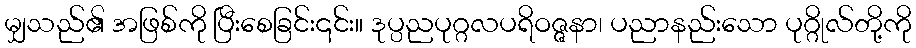
မျှသည်၏ အဖြစ်ကို ပြီးစေခြင်း၎င်း။ ဒုပ္ပညပုဂ္ဂလပရိဝဇ္ဇနာ၊ ပညာနည်းသော ပုဂ္ဂိုလ်တို့ကို